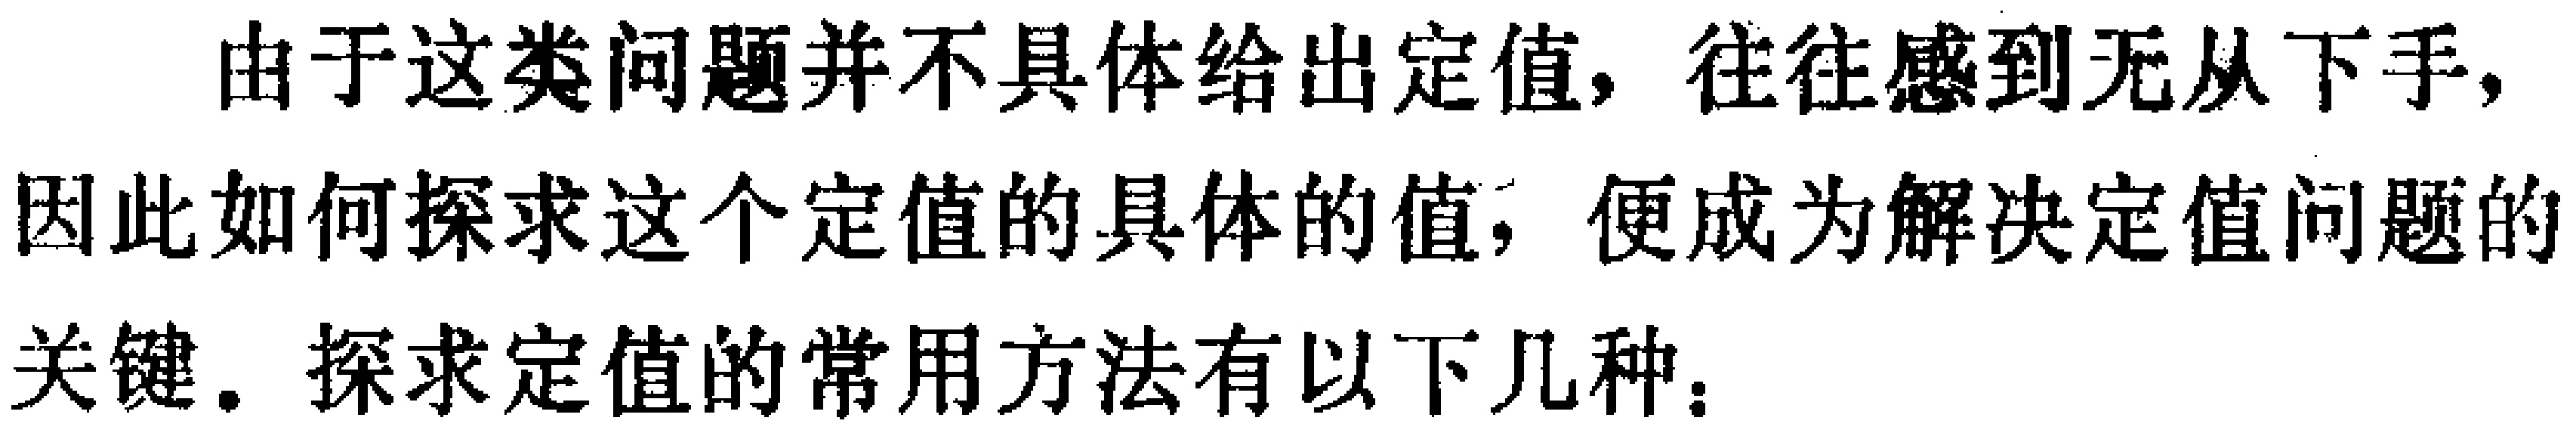
由于这类问题并不具体给出定值，往往感到无从下手，因此如何探求这个定值的具体的值，便成为解决定值问题的关键. 探求定值的常用方法有以下几种：